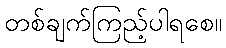
တစ်ချက်ကြည့်ပါရစေ။